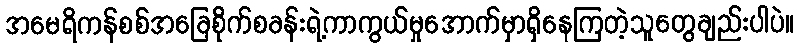
အမေရိကန်စစ်အခြေစိုက်စခန်းရဲ့ကာကွယ်မှုအောက်မှာရှိနေကြတဲ့သူတွေချည်းပါပဲ။